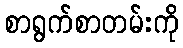
စာရွက်စာတမ်းကို